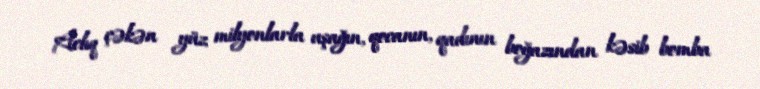
Aclıq çəkən yüz milyonlarla uşağın, qocanın, qadının boğazından kəsib bomba